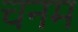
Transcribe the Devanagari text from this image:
चनम